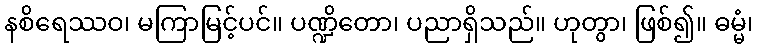
နစိရေဿဝ၊ မကြာမြင့်ပင်။ ပဏ္ဍိတော၊ ပညာရှိသည်။ ဟုတွာ၊ ဖြစ်၍။ ဓမ္မံ၊